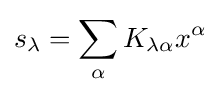
s_{\lambda }=\sum _{\alpha }K_{\lambda \alpha }x^{\alpha }